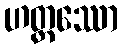
ဟတ္ထဿော